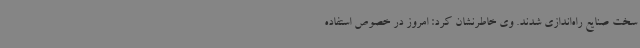
سخت صنایع راه‌اندازی شدند. وی خاطرنشان کرد: امروز در خصوص استفاده